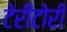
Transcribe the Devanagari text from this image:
टेरीटोरी